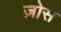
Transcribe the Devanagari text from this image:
ज़ोस